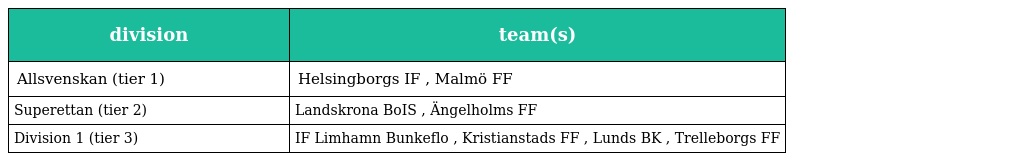
| division | team(s) |
 | --- | --- |
 | Allsvenskan (tier 1) | Helsingborgs IF , Malmö FF |
 | Superettan (tier 2) | Landskrona BoIS , Ängelholms FF |
 | Division 1 (tier 3) | IF Limhamn Bunkeflo , Kristianstads FF , Lunds BK , Trelleborgs FF |